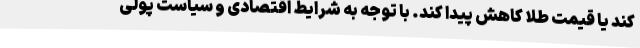
کند یا قیمت طلا کاهش پیدا کند. با توجه به شرایط اقتصادی و سیاست پولی